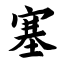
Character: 塞